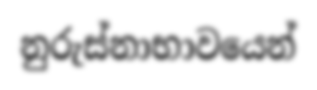
නුරුස්නාභාවයෙන්